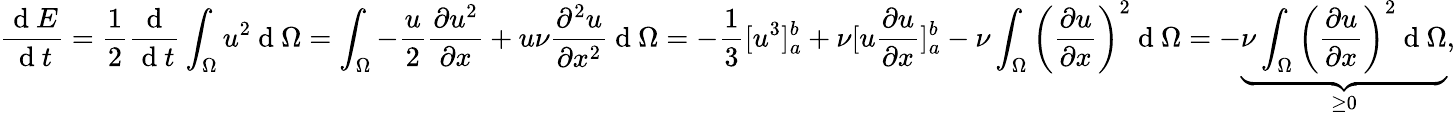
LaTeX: \frac{\mathrm{~d~}E}{\mathrm{~d~}t}=\frac{1}{2}\frac{\mathrm{~d~}}{\mathrm{~d~}t}\int_{\Omega}u^{2}\mathrm{~d~}\Omega=\int_{\Omega}-\frac{u}{2}\frac{\partial u^{2}}{\partial x}+u\nu\frac{\partial^{2}u}{\partial x^{2}}\mathrm{~d~}\Omega=-\frac{1}{3}[u^{3}]_{a}^{b}+\nu[u\frac{\partial u}{\partial x}]_{a}^{b}-\nu\int_{\Omega}\left(\frac{\partial u}{\partial x}\right)^{2}\mathrm{~d~}\Omega=-\underbrace{\nu\int_{\Omega}\left(\frac{\partial u}{\partial x}\right)^{2}\mathrm{~d~}\Omega}_{\geq 0},